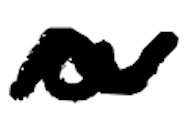
Text: a
Cross-out: wave
Writing tool: digital_black